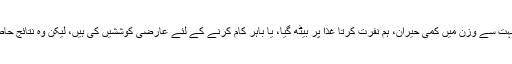
ہم میں سے بہت سے وزن میں کمی حیران، ہم نفرت کرتا غذا پر بیٹھ گیا، یا باہر کام کرنے کے لئے عارضی کوششیں کی ہیں، لیکن وہ نتائج حاصل نہیں کیا!